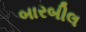
બારબીલ